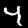
Digit: 4